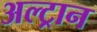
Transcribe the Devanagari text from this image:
अल्ट्रान